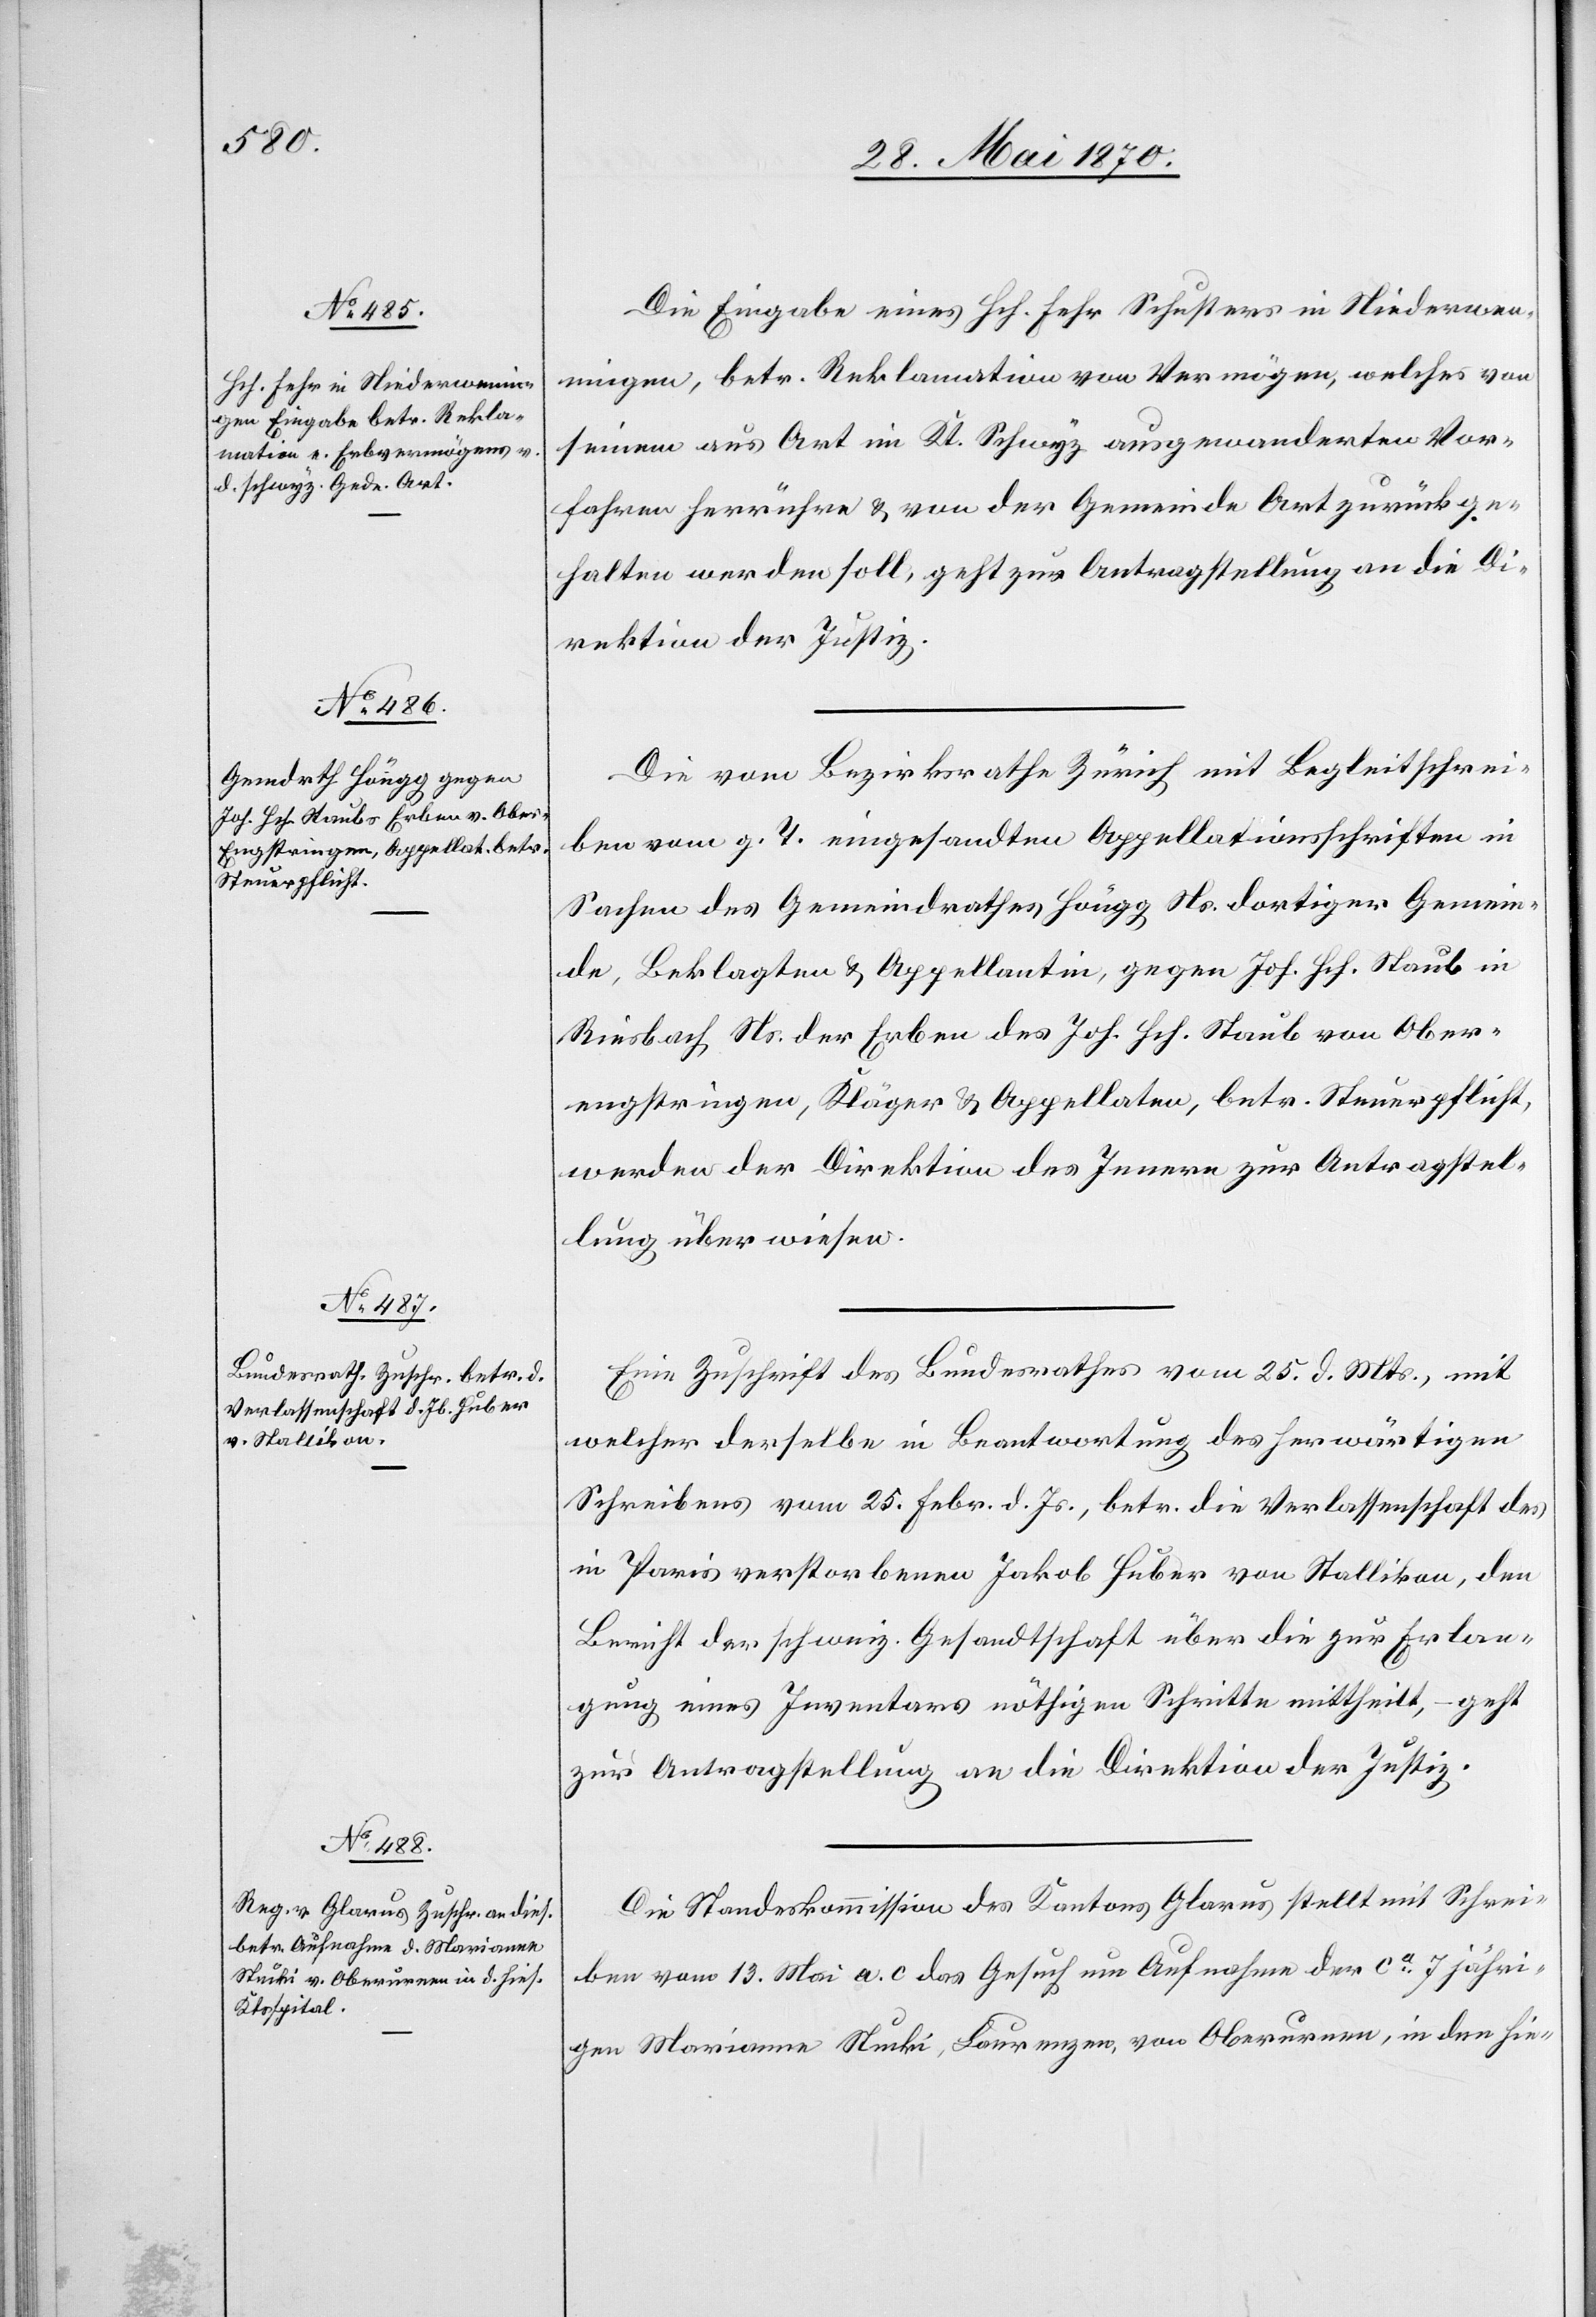
28. Mai 1870.]
Die Eingabe eines Hch. Fehr Schusters in Niederwen¬
ningen [sic!], betr. Reklamation von Vermögen, welches von
seinem aus Art im Kt. Schwyz ausgewanderten Vor¬
fahren herrühre & von der Gemeinde Art zurückge¬
halten werden soll, geht zur Antragstellung an die Di¬
rektion der Justiz.
Die vom Bezirksrathe Zürich mit Begleitschrei¬
ben vom g. T. eingesandten Appellationsschriften in
Sachen des Gemeinderathes Höngg Ns. dortiger Gemein¬
de, Beklagten & Appellantin, gegen Joh. Hch. Staub in
Riesbach Ns. der Erben des Joh. Hch. Staub von Ober¬
engstringen, Kläger & Appellaten, betr. Steuerpflicht,
werden der Direktion des Innern zur Antragstel¬
lung überwiesen.
Eine Zuschrift des Bundesrathes vom 25. d. Mts., mit
welcher derselbe in Beantwortung des herwärtigen
Schreibens vom 25. Febr. d. Js., betr. die Verlassenschaft des
in Paris verstorbenen Jakob Huber von Stallikon, den
Bericht der schweiz. Gesandtschaft über die zur Erlan¬
gung eines Inventars nöthigen Schritte mittheilt, – geht
zur Antragstellung an die Direktion der Justiz.
Die Standeskommission des Kantons Glarus stellt mit Schrei¬
ben vom 13. Mai a. c. das Gesuch um Aufnahme der ca 7 jähri¬
gen Marianne Stucki, Laurenzen, von Oberurnen, in den hie-